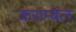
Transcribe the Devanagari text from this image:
कराम्बेल